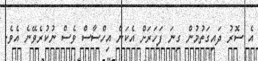
އެ ސޮރު ދައިގަތުމުން ގިނަ ފަހަރަށް އެކަން އިހްސާސް ވެސް ނުކުރެވޭނެ އެވެ.